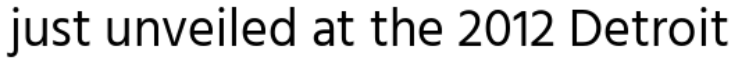
just unveiled at the 2012 Detroit